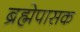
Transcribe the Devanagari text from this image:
ब्रह्मेपासक